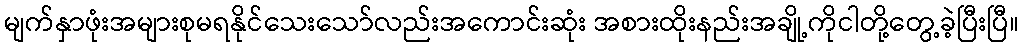
မျက်နှာဖုံးအများစုမရနိုင်သေးသော်လည်းအကောင်းဆုံး အစားထိုးနည်းအချို့ကိုငါတို့တွေ့ခဲ့ပြီးပြီ။